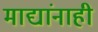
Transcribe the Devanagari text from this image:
माद्यांनाही